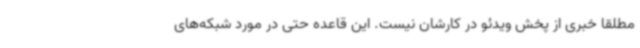
مطلقا خبری از پخش ویدئو در کارشان نیست. این قاعده حتی در مورد شبکه‌های